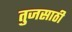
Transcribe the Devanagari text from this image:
तुजसाठी